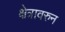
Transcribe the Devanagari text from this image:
क्षेत्रावरुन